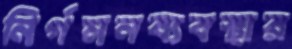
নির্গমনব্যবস্থার